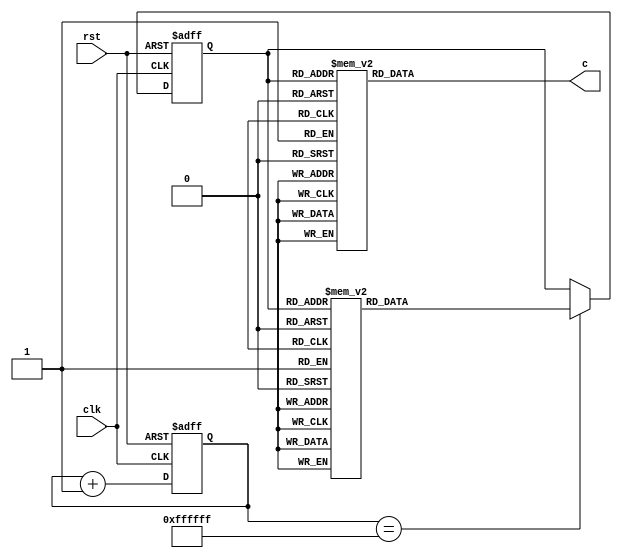

//
//state0--state1--state2--state3--state4--state5--state6-state7--state0

module state_machine(clk,rst,c);

input clk,rst;    //50M 12
output [3:0] c;   //
reg    [3:0] c;

parameter state0=3'b000,
		  state1=3'b001,
		  state2=3'b010,
		  state3=3'b011,
		  state4=3'b100,
		  state5=3'b101,
		  state6=3'b110,
		  state7=3'b111;
		
reg[2:0] state;

reg[23:0] cnt;

always@(posedge clk or negedge rst)
begin
	if(!rst) begin
		state<=state0;
		cnt<=0;
	 end
	else begin
		cnt<=cnt+1;
		if(cnt==24'hffffff) begin
			case(state)
				state0:
					state<=state1;
				state1:
					state<=state2;
				state2:
					state<=state3;
				state3:
					state<=state4;
				state4:
					state<=state5;
				state5:
					state<=state6;
				state6:
					state<=state7;
				state7:
					state<=state0;
			 endcase
		 end
	 end
end

always@(state)
begin
	case(state)
		state0:
			c=8'b0001;
		state1:
			c=8'b0100;
		state2:
			c=8'b0010;
		state3:
			c=8'b1000;
		state4:
			c=8'b0001;
		state5:
			c=8'b0100;
		state6:
			c=8'b0010;
		state7:
			c=8'b1000;
	 endcase
end

endmodule